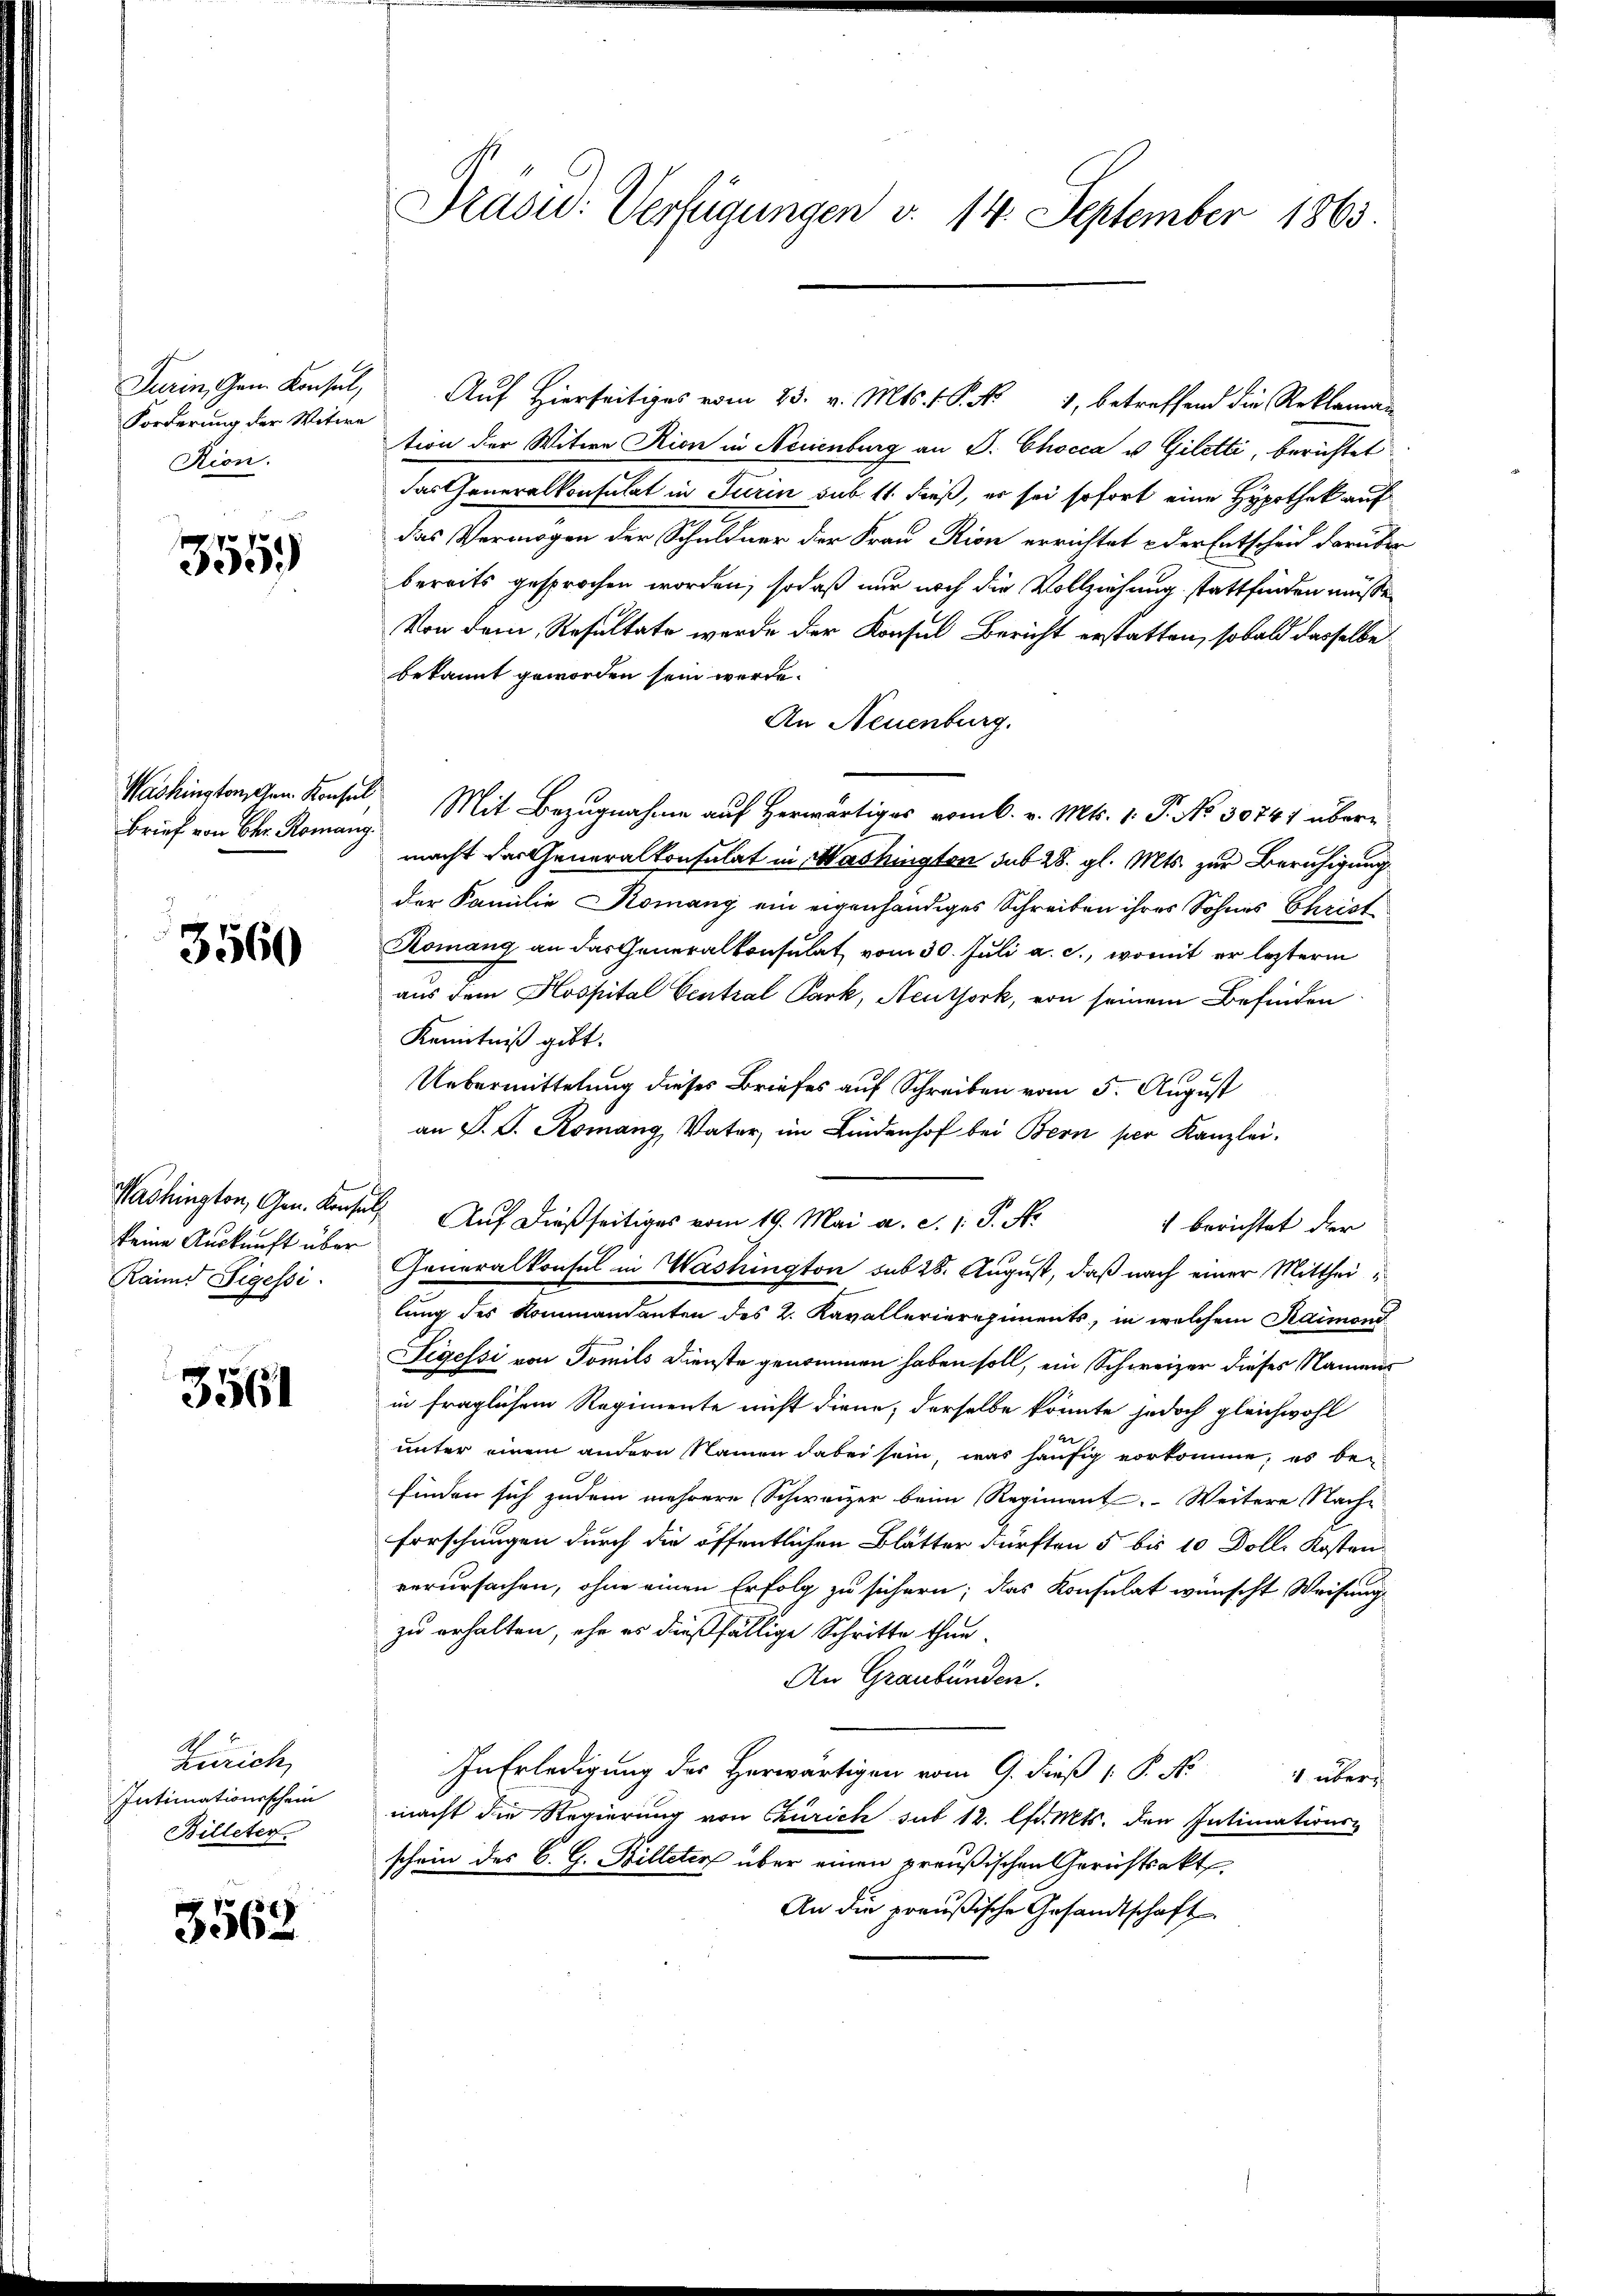
Turin, Gen. Konsul,
Forderung der Witwe
Rion.

355.

Washingtonschen Konsul
Brief von Chr. Romang

3560

Washington, Gen. Konse
keine Auskunft über
Ranns Figessi

3561

Zürich
Intimationsschein
Billeter

3562

Präsid. Verfügungen d. 14. September 1863

Auf Hierseitiges vom 23. v. Mts. 1. No 1, betreffend die Reklaman
tion der Witwe Rion in Neuenburg an P. Chocca v. Giletti, berichtet
das Generalkonsulat in Turin sub 11 dieß, er sei sofort eine Hypothek auf
das Vermögen der Schuldner der Frau Rion errichtet & der Entscheid darüber
bereits gesprochen worden, sodaß nur noch die Vollziehung stattfinden müsse,
Von dem Resultate werde der Konsul Bericht erstatten, sobald dasselbe
bekannt geworden sein werde.
An Neuenburg.
Mit Bezugnahme auf Herwärtiges vom 6. v. Mts. 1. P. No 30741 übermacht das Generalkonsulat in Washington sub 28. gl. Mts. zur Beruhigung
der Familie Komany ein eigenhändiges Schreiben ihres Sohnes Christ
Komang an das Generalkonsulat vom 30. Juli a. c., womit er lezterm
aus dem Hospital Central Park, Neuthork, von seinem Befinden
Kenntniß gibt.
Uebermittelung dieses Briefes auf Schreiben vom 5. August
an P. G. Romang, Vater, im Lindenhof bei Bern per Kanzlei.
Auf dießseitiges vom 19. Mai a. c. 1. P. Nr.
 berichtet der
Generalkonsul in Washington sub 28. August, daß nach einer Mittheilung des Kommandanten des 2. Kavallerieregiments, in welchem Raimond
Segessi von Tomils Dienste genommen haben soll, ein Schweizer dieses Namens
in fraglichem Regimente nicht diene, derselbe könnte jedoch gleichwohl
unter einem andern Namen dabei sein, was häufig vorkomme, es befinden sich zudem mehrere Schweizer beim Regiment. Weitere Nache
forschungen durch die öffentlichen Blätter dürften 5 bis 10 Dolle Kosten
verursachen, ohne einen Erfolg zu sichern; das Konsulat wünscht Weisung
zu erhalten, ehe es dießfällige Schritte thun
An Graubünden.
In Erledigung des Herwärtigen vom 9. dieß P. Nr. 4 über-
macht die Regierung von Thürich sub 12. lfd. Mts. den Intimations-
schein des C. G. Billeter über einen preußischen Gerichtsakt
An die preußische Gesandtschaft